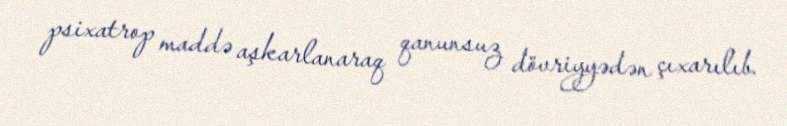
psixatrop maddə aşkarlanaraq qanunsuz dövriyyədən çıxarılıb.